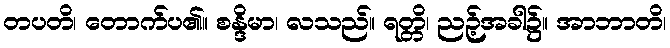
တပတိ၊ တောက်ပ၏။ စန္ဒိမာ၊ လသည်။ ရတ္တိ၊ ညဉ့်အခါ၌။ အာဘာတိ၊